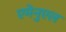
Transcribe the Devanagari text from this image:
एमेनुएल